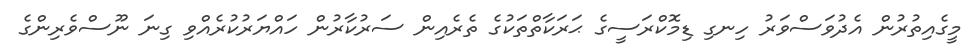
މީގެއިތުރުން އެދުވަސްވަރު ހިނގި ޑިމޮކްރަސީގެ ޙަރަކާތްތަކުގެ ތެރެއިން ސަރުކާރުން ހައްޔަރުކުރެއްވި ގިނަ ނޫސްވެރިންގެ